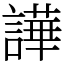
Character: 譁